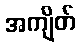
အကျိတ်